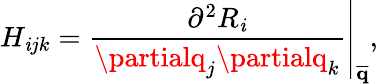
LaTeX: H_{\mathit{i}jk}=\left.\frac{{\partial^{2}R_{\mathit{i}}}}{{\partialq_{j}\partialq_{k}}}\right|_{\mathbf{{\overline{{{q}}}}}},